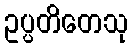
ဥပ္ပတိတေသု